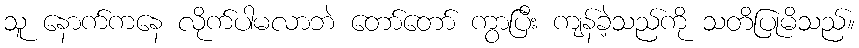
သူ နောက်ကနေ လိုက်ပါမလာဘဲ တော်တော် ကွာပြီး ကျန်ခဲ့သည်ကို သတိပြုမိသည်။